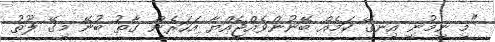
"މި ނިމުނީ އިނގޭ ކަމެއް ބޭނުންވެއްޖެއްޔާ އަހަރެން ގާތު ބުނޭ މިގޭ ލޫތު